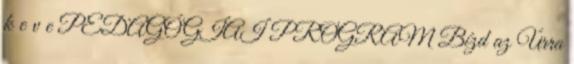
k e v e PEDAGÓGIAI PROGRAM Bízd az Úrra